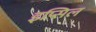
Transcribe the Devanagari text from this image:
इप्सिल